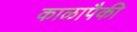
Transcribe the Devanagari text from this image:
काळापैकी